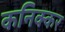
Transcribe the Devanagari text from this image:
कनिक्कर